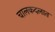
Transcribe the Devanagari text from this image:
चालकदलात